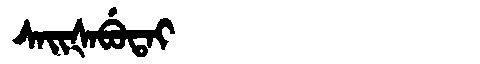
Manchu: ᠰᠠᡳᡧᠠᠪᡠᡨᠠᡳ
Romanization: SAIŠABUTAI